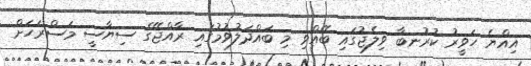
އިއްޔެ ހަވީރު ކުރުނބާ ވިލެޖުގައި ބޭއްވި މި ބައްދަލުވުމުގައި ރާއްޖޭގެ ސިޔާސީ މަސްރަހަށް